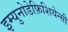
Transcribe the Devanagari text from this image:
इम्युनोडेफ़िशियेन्सी